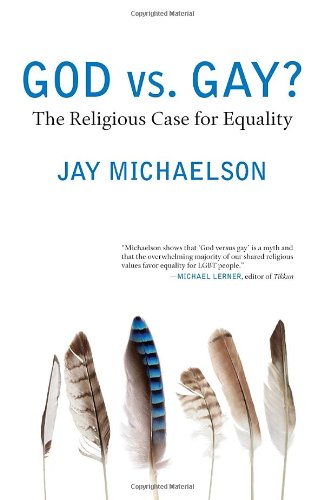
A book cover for God vs. Gay?: The Religious Case for Equality (Queer Ideas/Queer Action); Jay Michaelson; Religion & Spirituality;